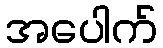
အပေါက်